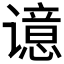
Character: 𰶊